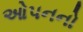
ઓપનનો